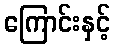
ကြောင်းနှင့်